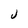
Character: J